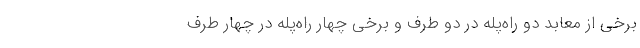
برخی از معابد دو راه‌پله در دو طرف و برخی چهار راه‌پله در چهار طرف